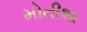
મોતીશા